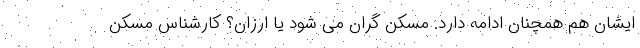
ایشان هم همچنان ادامه دارد. مسکن گران می شود یا ارزان؟ کارشناس مسکن